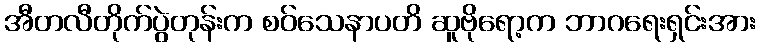
အီတလီတိုက်ပွဲတုန်းက စဝ်သေနာပတိ ဆူဗိုရော့က ဘာဂရေးရှင်းအား